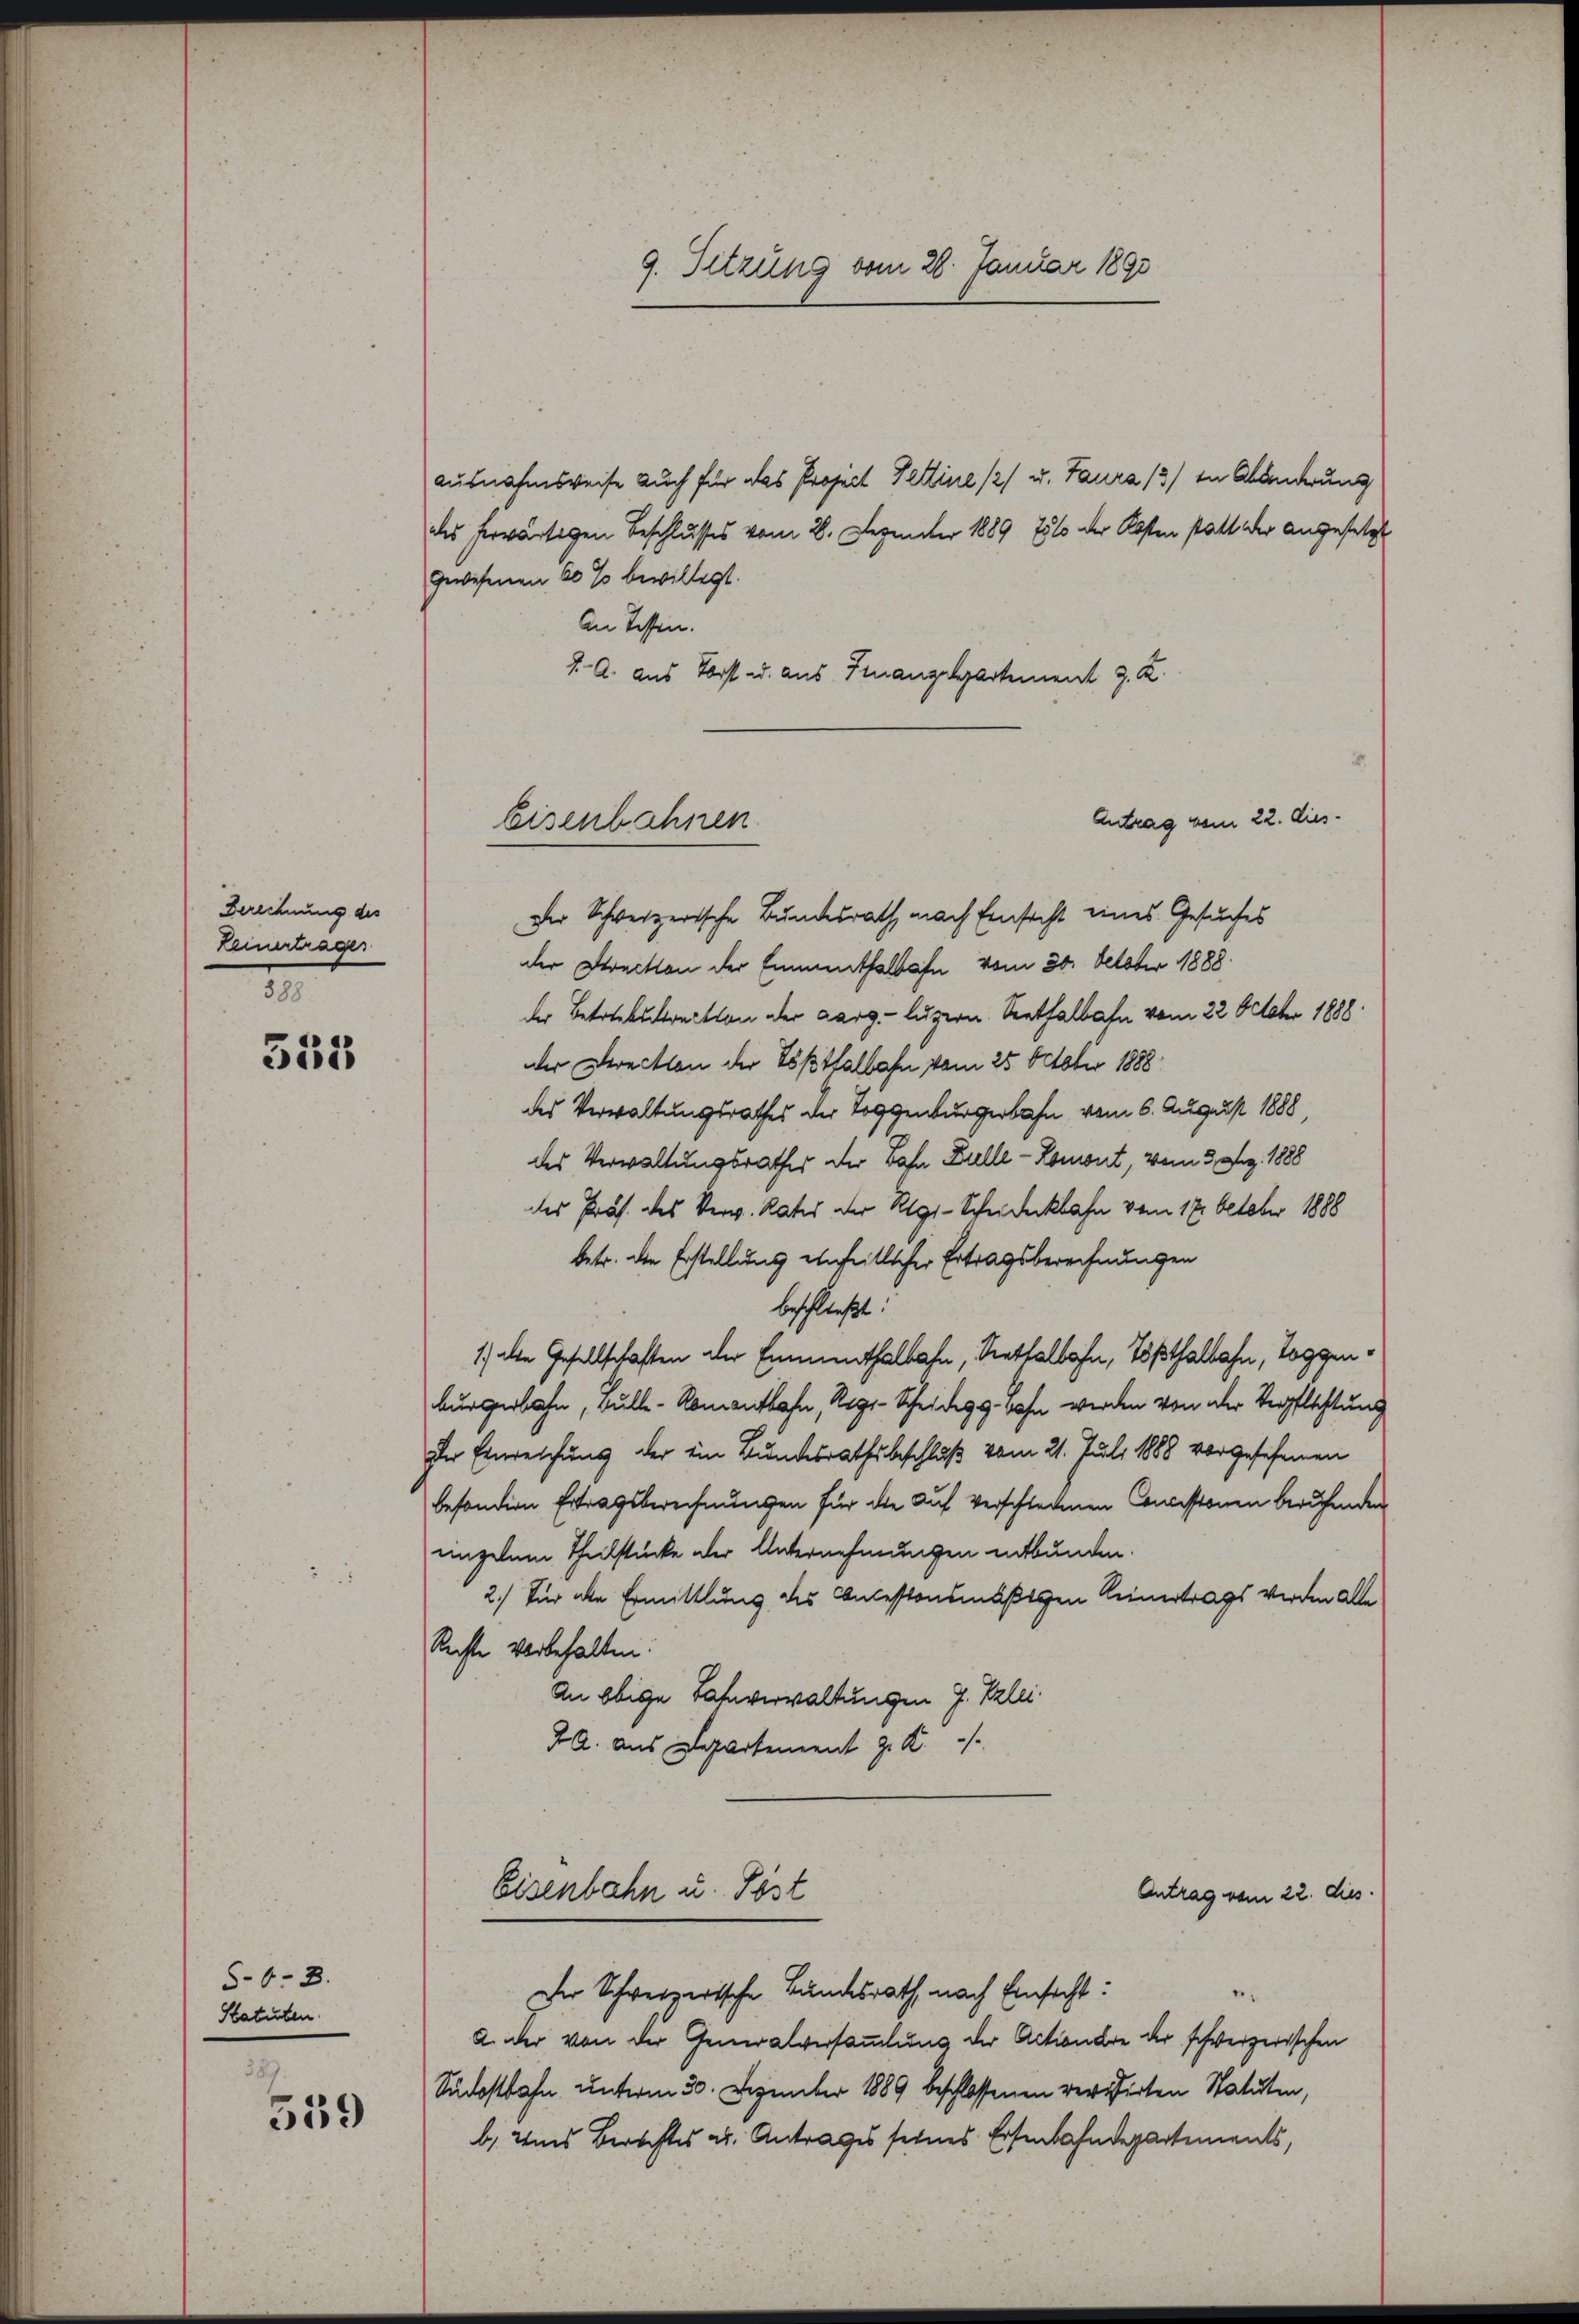
Berechnung des
Keinerträger
388.

555

5-6.3.
Statuten.

589.
559

ausnahmsweise auch für das Project Fettine // u. Taura /3) In Abänderung
des herwärtigen Beschlusses vom 2. Dezember 1889 751 der Kosten statt der angesetzt
gewesenen 60 % bewilligt.
An Tessen.
J. A. aus Vorst u. aus Finanzepartement J. K.
Antrag vom 22. dies¬
Der Schweizerische Bundesrath nach Einsicht eines Gesuches
der Streckten der Emmenthalbahn vom 30. October 1888
der Betriebetraction der Aarg. Luzern. Seethalbahn vom 22. Octobr 1888
dder Direction der Tößthalbahn vom 25. October 1888
des Verwaltungsrathes der Toggenburgerbahn vom 6. August 1888,
des Verwaltungsrathes der Bahn Bulle - Romont, vom 3. Aug. 1888
des Präs. des Verw. Rates der Rigi-Scheideckbahn vom 17. October 1888
betr. die Erstellung einheitlicher Ertragsberechnungen
beschließt:
1) die Gesellschaften der Emmenthalbahn, Rettalbahn, Tößthalbahn, Toggenburgerbahn, bulle - Romentlaßen, Rege-Scheidegg. Bahn werden von der Verpflichtung
Der Einreichung der ein Bundesrathsbeschluß vom 21. Juli 1888 vorgesehenen
besondern Ertragsberechnungen für die Auf verschiedenen Concissionen berufenden
unzelnen Theilstücke der Unternehmungen entbunden.
2.) Für die Ermittlung des Concestonsmäßigen Keinertrags werden alle
Rechte vorbehalten:
An obige Lahnverwaltungen J. Klei¬
FG. aus Departement z. K.

9. Sitzung vom 28. Januar 1890

Eisenbahnen.

Der Schweizerische Landesrath, nach Einsicht:
a. der von der Generalversammlung der Actionäre der schwerzerischen
Sudostbahn unterm 30. Dezember 1889 beschlossenen verisirten Statuten,
b). Und Berechtes ab. Antrages seines Eisenbahndepartements,

Eisenbahn u. Post

Antrag vom 22. dies.